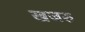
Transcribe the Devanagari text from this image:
खजरु